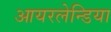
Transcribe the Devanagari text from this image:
आयरलेन्डिया